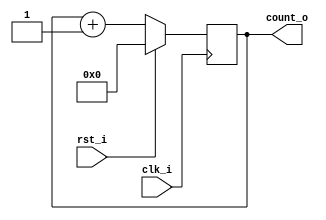
module counter #( 
    parameter DATA_WIDTH = 32
)(
    input  wire                   clk_i  ,
    input  wire                   rst_i  ,
    output reg [DATA_WIDTH-1:0]   count_o
);

/**********************************************************************************
 * Module implementation
**********************************************************************************/

always @(posedge clk_i) begin
    if (rst_i) begin
        count_o <= 0;  // Reset the counter to 0
    end else begin
        count_o <= count_o + 1;  // Increment the counter on each clock edge
    end
end

endmodule